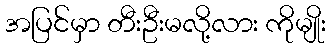
အပြင်မှာ တီးဦးမလို့လား ကိုမျိုး